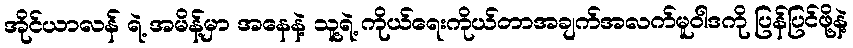
အိုင်ယာလန် ရဲ့ အမိန့်မှာ အနေနဲ့ သူ့ရဲ့ ကိုယ်ရေးကိုယ်တာအချက်အလက်မူဝါဒကို ပြန်ပြင်ဖို့နဲ့